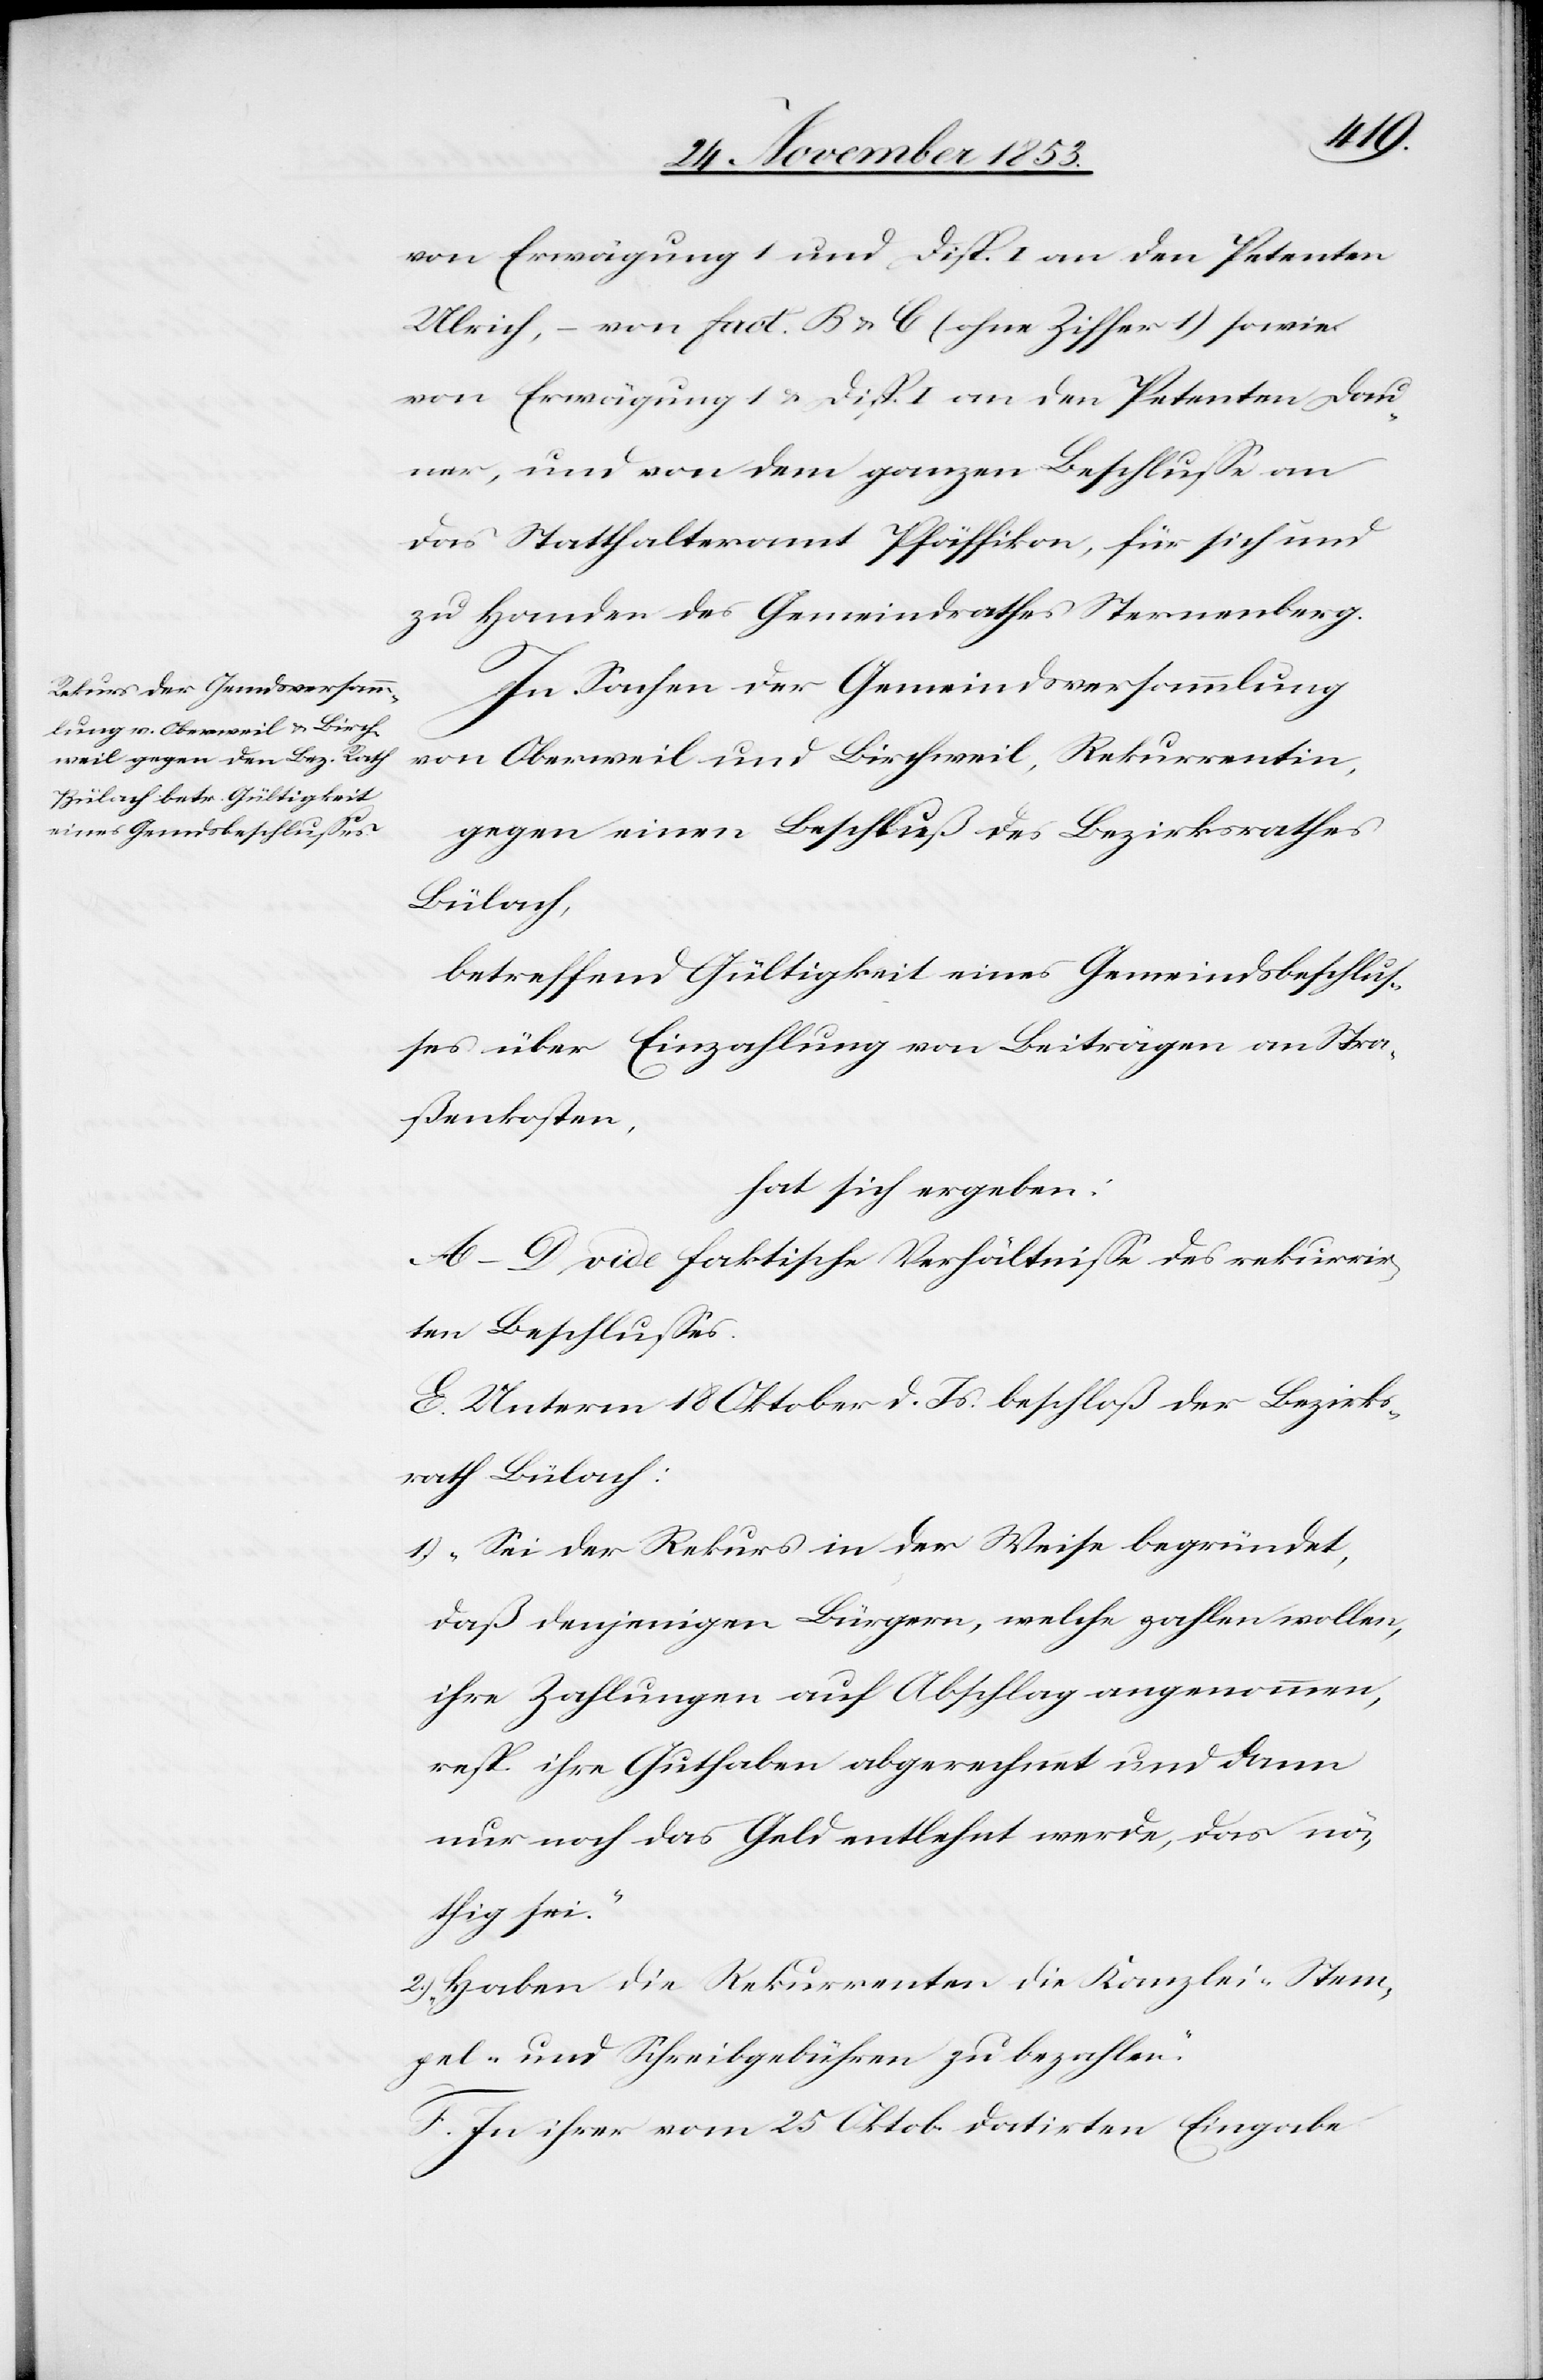
von Erwägung 1 und Disp. I an den Petenten
Ulrich, – von fact. B u. C (ohne Ziffer 1) sowie
von Erwägung 1 u. Disp. I an den Petenten Dau¬
ner, und von dem ganzen Beschluße an
das Statthalteramt Pfäffikon, für sich und
zu Handen des Gemeindrathes Sternenberg.
In Sachen der Gemeindsversammlung
von Oberweil und Birchweil, Rekurrentin,
gegen einen Beschluß des Bezirksrathes
Bülach,
betreffend Gültigkeit eines Gemeindsbeschluß¬
es über Einzahlung von Beiträgen an Stra¬
ßenkosten,
hat sich ergeben:
A–D. vide faktische Verhältniße des Bezirks¬
rath Bülach:
1) „Sei der Rekurs in der Weise begründet,
daß denjenigen Bürgern, welche zahlen wollen,
ihre Zahlungen auf Abschlag angenommen,
resp. ihre Guthaben abgerechnet und dann
nur noch das Geld entlehnt werde, das nö¬
thig sei.“
2) „Haben die Rekurrenten die Kanzlei-Stem¬
pel- und Schreibgebühren zu bezahlen.“
F. In ihrer vom 25 Oktob. datirten Eingabe